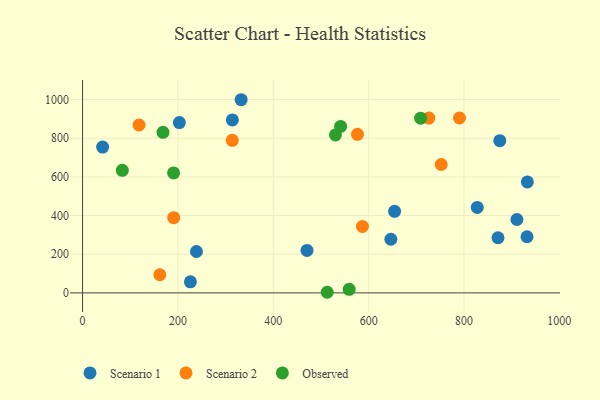
{"axis": {"x": "Ad Spend", "y": "Exam Score"}, "legend": ["Observed", "Scenario 1", "Scenario 2"], "data": [{"x": "203.0", "y": 880.8, "type": "Scenario 1"}, {"x": "332.6", "y": 999.0, "type": "Scenario 1"}, {"x": "827.8", "y": 441.9, "type": "Scenario 1"}, {"x": "932.9", "y": 573.9, "type": "Scenario 1"}, {"x": "646.6", "y": 277.5, "type": "Scenario 1"}, {"x": "470.7", "y": 219.6, "type": "Scenario 1"}, {"x": "911.0", "y": 379.6, "type": "Scenario 1"}, {"x": "314.2", "y": 894.5, "type": "Scenario 1"}, {"x": "42.1", "y": 754.2, "type": "Scenario 1"}, {"x": "238.9", "y": 214.2, "type": "Scenario 1"}, {"x": "226.2", "y": 57.0, "type": "Scenario 1"}, {"x": "932.1", "y": 290.4, "type": "Scenario 1"}, {"x": "871.3", "y": 285.3, "type": "Scenario 1"}, {"x": "875.1", "y": 787.1, "type": "Scenario 1"}, {"x": "654.4", "y": 421.9, "type": "Scenario 1"}, {"x": "726.2", "y": 904.2, "type": "Scenario 2"}, {"x": "162.0", "y": 93.9, "type": "Scenario 2"}, {"x": "191.2", "y": 389.1, "type": "Scenario 2"}, {"x": "314.0", "y": 789.2, "type": "Scenario 2"}, {"x": "576.6", "y": 820.0, "type": "Scenario 2"}, {"x": "790.5", "y": 904.5, "type": "Scenario 2"}, {"x": "118.5", "y": 868.2, "type": "Scenario 2"}, {"x": "752.2", "y": 663.9, "type": "Scenario 2"}, {"x": "587.0", "y": 343.9, "type": "Scenario 2"}, {"x": "541.2", "y": 860.8, "type": "Observed"}, {"x": "513.1", "y": 3.2, "type": "Observed"}, {"x": "83.4", "y": 634.0, "type": "Observed"}, {"x": "559.2", "y": 18.6, "type": "Observed"}, {"x": "190.9", "y": 620.6, "type": "Observed"}, {"x": "709.0", "y": 903.4, "type": "Observed"}, {"x": "530.4", "y": 816.9, "type": "Observed"}, {"x": "168.7", "y": 830.6, "type": "Observed"}]}